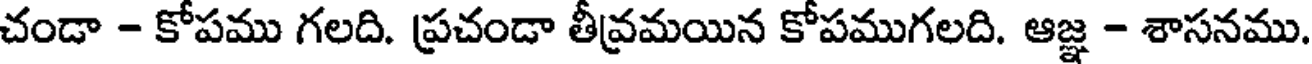
చండా - కోపము గలది. ప్రచండా తీవమయిన కోపముగలది. ఆజ్ఞ - శాసనము.